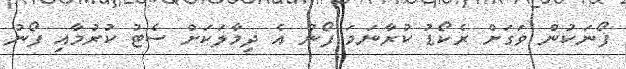
ފޯނަކުން ވަގަށް ރެކޯޑު ކުރާނަމަ ފޯނު އެ ދިމާލަކަށް ސެޓު ކުރުމާއި ފޯނު